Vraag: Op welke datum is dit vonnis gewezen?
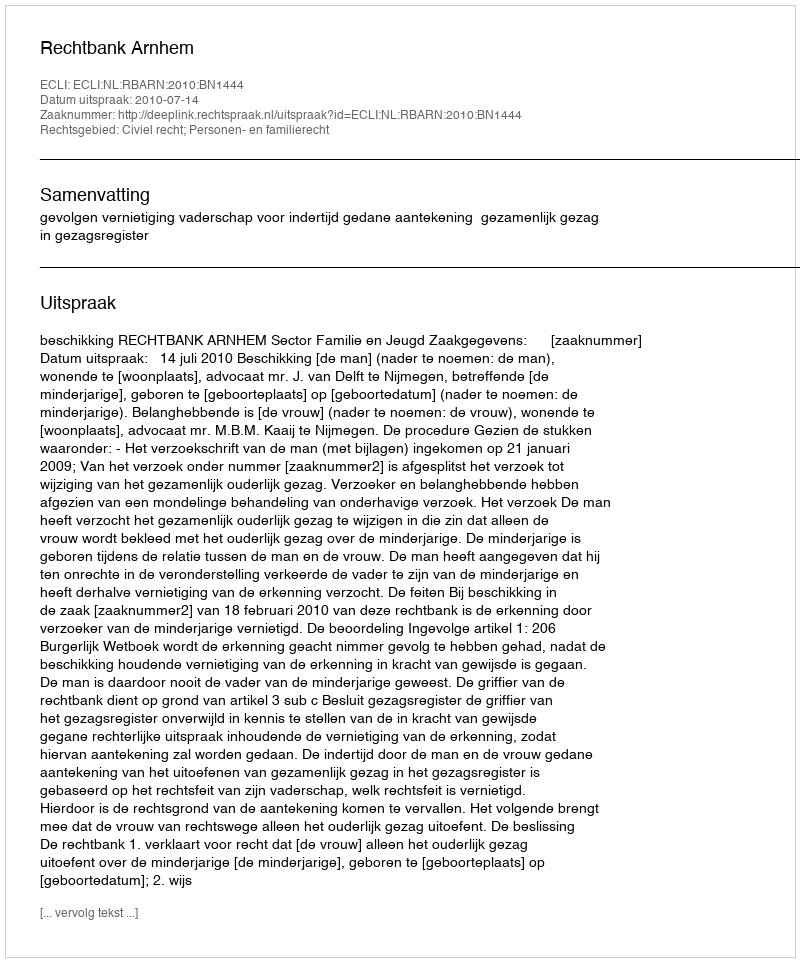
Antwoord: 2010-07-14